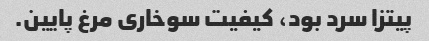
پیتزا سرد بود، کیفیت سوخاری مرغ پایین.